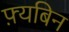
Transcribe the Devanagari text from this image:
फ़्यबिन